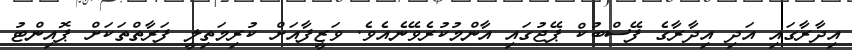
އިދާރާގައި އަދި އިދާރާގެ ފޭސްބުކް ޕޭޖުގައި އާންމުކުރެވޭނެއެވެ. ވަޒީފާއަށް ކުރިމަތިލީ ފަރާތްތަކަށް ޕޮއިންޓު